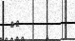
٣٧